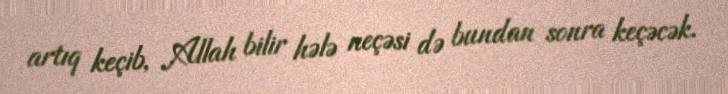
artıq keçib, Allah bilir hələ neçəsi də bundan sonra keçəcək.